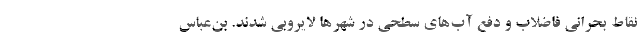
نقاط بحرانی فاضلاب و دفع آب‌های سطحی در شهرها لایروبی شدند. بن‌عباس